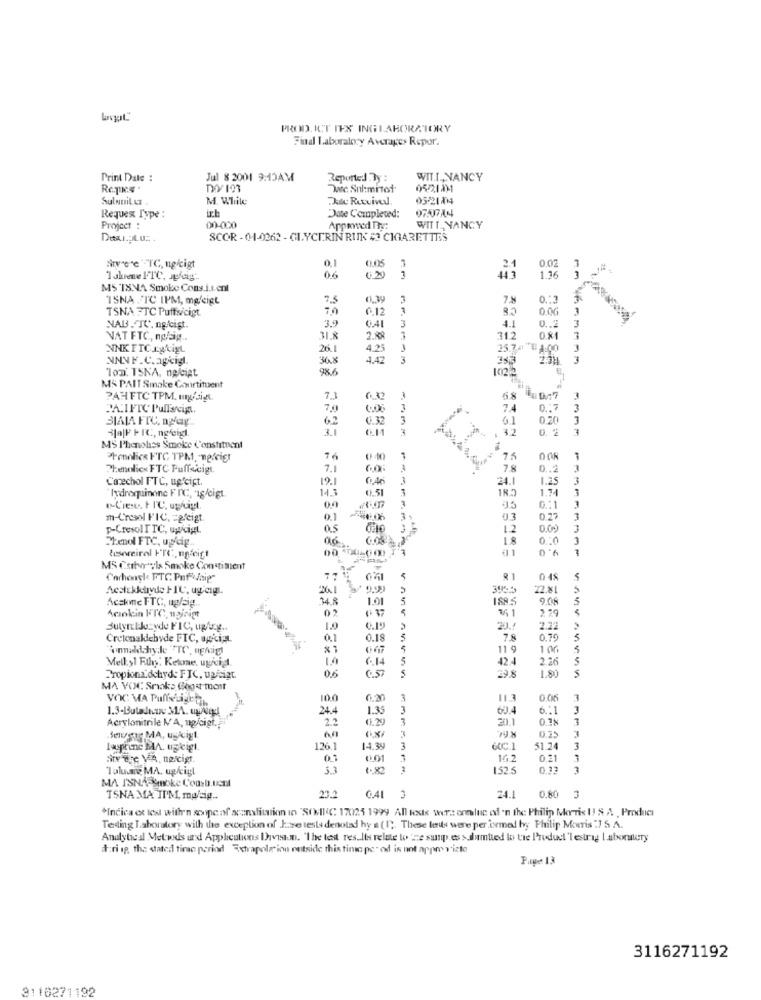
PROD. ICT IES INGLABORATORY
Final Laboratory Averages Repor.
Print Date :
Jul 8 2001 9:15AM
Reported By :
WIT.L ., NANCY
05221111
Sulnuit Lt
M. While
ich
Requex Type :
Date Completed:
Project :
00-000
WITT_ NANCY
Des.L.u ..
SCOR -01-0262 - GLYCERIN RINK # CIGARETTES
0.05
SIvere TC, ng/cigt
0.1
3
0.02
1 shrene FTC, ogfeig ..
0.6
0.20
1.16
MS TSNA Smoke Cons.i.t.ent
ISNA "TC IPM, mgfeigt
7.5
0,39
3
0.13
TSNA FTC Puffvicigt.
70
0.12
0.0G
3
41
3
NAB. TC. ng/cist.
3.9
0.41
0 .. 2
NAT FTC, ng/sig ..
31.8
3
0.81
3
NNK FTC Agtigt
26.1
4.25
25.74 # 1:00
.
NNNF.C.apeig.
36.8
4.42
3
3
Ton TSKA, npleigt
98.6
1022
MS PAIT Smake Constituent
PAH FTC TPM. my/sign.
7.3
68
3
PACIFIC Pullscip.
7,9
3
74
0 .. 7
3
BIALA FTC, ngap
62
6.32
3
0.20
3
3.1
3
4 32
0. 2
3
MS I'henolss Smoke Constituent
tronlice FTC TPM. nexcier
76
0 40
1
75
Phenolicx FTC Puffecigt
7.1
78
0 ..
Canechol FTC, up'cipt.
19.1
6.46
3
24.1
1.25
14.3
0.51
3
1.34
"hydroquinone F NC, 1g/cigt.
m-Cresol FIC. = gfeigt.
0.1
9.3
0.27
p-Cresol TTC, upcigt.
0.5
1.2
0.00
06
1.8
9.0
Phenol FTC, updig ..
tereirol FrC, ng cigt
41
MS Cart",Is Smoke Conatimient
Carhongh FTC PofLAsig
77 1
81
048
Acsickkaryde FIC, ug engl.
261
5
22.81
Acskme FTC, uglaig.
48
1.01
5
3
161
Acinkein FTC, waing
2. 79
BuyrtJozyde FIC, upfrg ..
6.19
2.22
Cretonaklebyde FIC, opci ;.
0.1
0.18
7.8
0.76
5
11 9
1 00
5
Melly1 Für: Ketone, ugrcig
6.14
5
42.4
2.26
5
0.6
1.80
Propionxdchyde FIC, ugfeigt
29.8
MA VOC Smaks Goout most
VOC MA Puffstigen,
10.0
6.20
113
0.05
1.3-Butadnane MA. upload
24.4
1.35
3
6 .: 1
3
Acrylonitrile N'A, ug/cigt ..
22
0.20)
3
20.1
0.18
3
Beugte MA, ugicigt
0.75
lauprine MA. upcigt.
14.30
3
51.2
3
Niv tre VA, nelcigt.
401
7
16.2
0.21
3
Talune MA. ugkigt
1.82
152.5
0.33
MA I'SNAPSmoke Coasb.uent
TSNA MA II'M, mu/sig ..
23.2
0.41 3
24.1
0.80 3
*Indica et les withr'n scope of scanslitation in "SONIC 17025 1999 All tedx wers ennluc of 'n the Philip Morris U! & A Product
Testing Laboratory with the exception of Jase tests denoted hy a (1). These les were performed byy Philip Morris :7 S. A.
Analyteal Metwds und Applications Davran. "The test results relate to 'ne susp.es > dumtied lo tre Product 'lestrag Laboratory
t:ri ip, the stated time period strapolation netside this time per od is ont apprevisto
Page 13
3116271192
3110271192